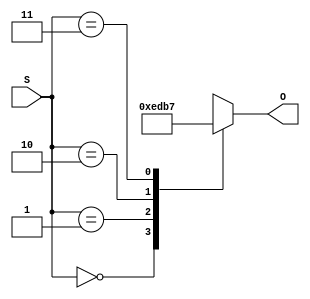
module Decoder_case(
    input [1:0] S,      // The select signal.
    output reg [3:0] O  // The 4-bit output.
);
    always @* begin
        case (S)
            0: O = 4'b1110; // S = 00
            1: O = 4'b1101; // S = 01
            2: O = 4'b1011; // S = 10
            3: O = 4'b0111; // S = 11
            default: O = 4'b1110;
        endcase
    end
endmodule